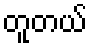
တူတယ်